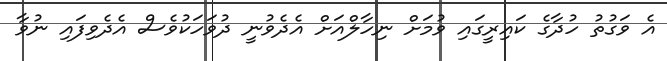
އެ ވަގުތު ހުދާގެ ކައިރީގައި ވުމަށް ނިހާލްއަށް އެދެވުނީ ދުވަހަކުވެސް އެދެވިފައި ނުވާ